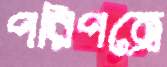
পরিপত্রে